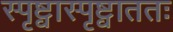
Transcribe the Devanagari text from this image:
स्पृष्ट्वास्पृष्ट्वाततः